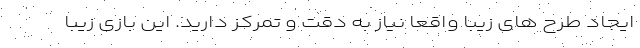
ایجاد طرح های زیبا واقعاً نیاز به دقت و تمرکز دارید. این بازی زیبا